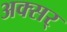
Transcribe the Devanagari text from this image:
अक्सर्